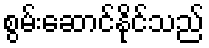
စွမ်းဆောင်နိုင်သည်